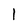
Character: 1